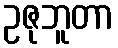
ဥဇုဘူတာ